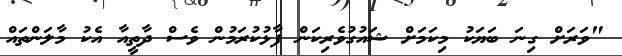
"ވަރަށް ގިނަ ބަޔަކު މިކަމަށް ޝައުގުވެރިކަން ފާޅުކުރަމުން ވެސް ދާތީއާ އެކު މާލަންތައް